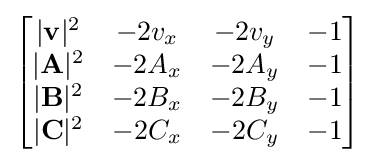
{\begin{bmatrix}|\mathbf {v} |^{2}&-2v_{x}&-2v_{y}&-1\\|\mathbf {A} |^{2}&-2A_{x}&-2A_{y}&-1\\|\mathbf {B} |^{2}&-2B_{x}&-2B_{y}&-1\\|\mathbf {C} |^{2}&-2C_{x}&-2C_{y}&-1\end{bmatrix}}